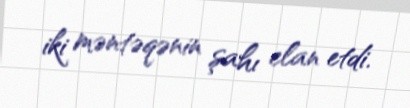
iki məntəqənin şahı elan etdi.